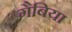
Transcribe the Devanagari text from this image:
गैबिया